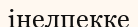
інелпекке